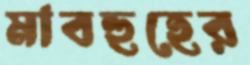
মাবহুহের